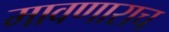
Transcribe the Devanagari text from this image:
मावणाराच